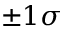
\pm 1 \sigma